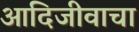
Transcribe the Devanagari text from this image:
आदिजीवाचा